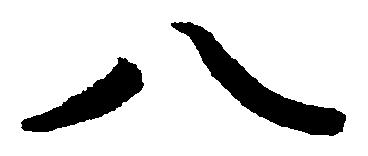
八